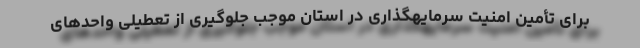
برای تأمین امنیت سرمایهگذاری در استان موجب جلوگیری از تعطیلی واحدهای